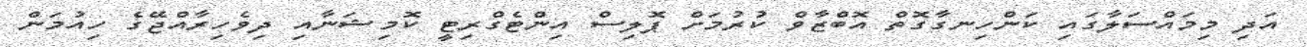
އަދި މިމައްސަލާގައި ކަންހިނގާގޮތް އޮބްޒާވް ކުރުމަށް ޕޮލިސް އިންޓެގްރިޓީ ކޮމިޝަނާއި ދިވެހިރާއްޖޭގެ ހިއުމަން